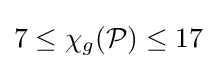
7\leq \chi _{g}({\mathcal {P}})\leq 17